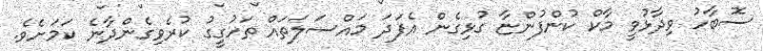
ސޮބާހު ވިދާޅުވީ މާކް ކުންފުންޏާ ގުޅިގެން އެފަދަ މައްސަލަތައް ތަހުގީގު ކުރެވިގެންދާނެ ކަމަށެވެ.